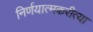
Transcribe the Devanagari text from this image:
निर्णयात्मकरीत्या